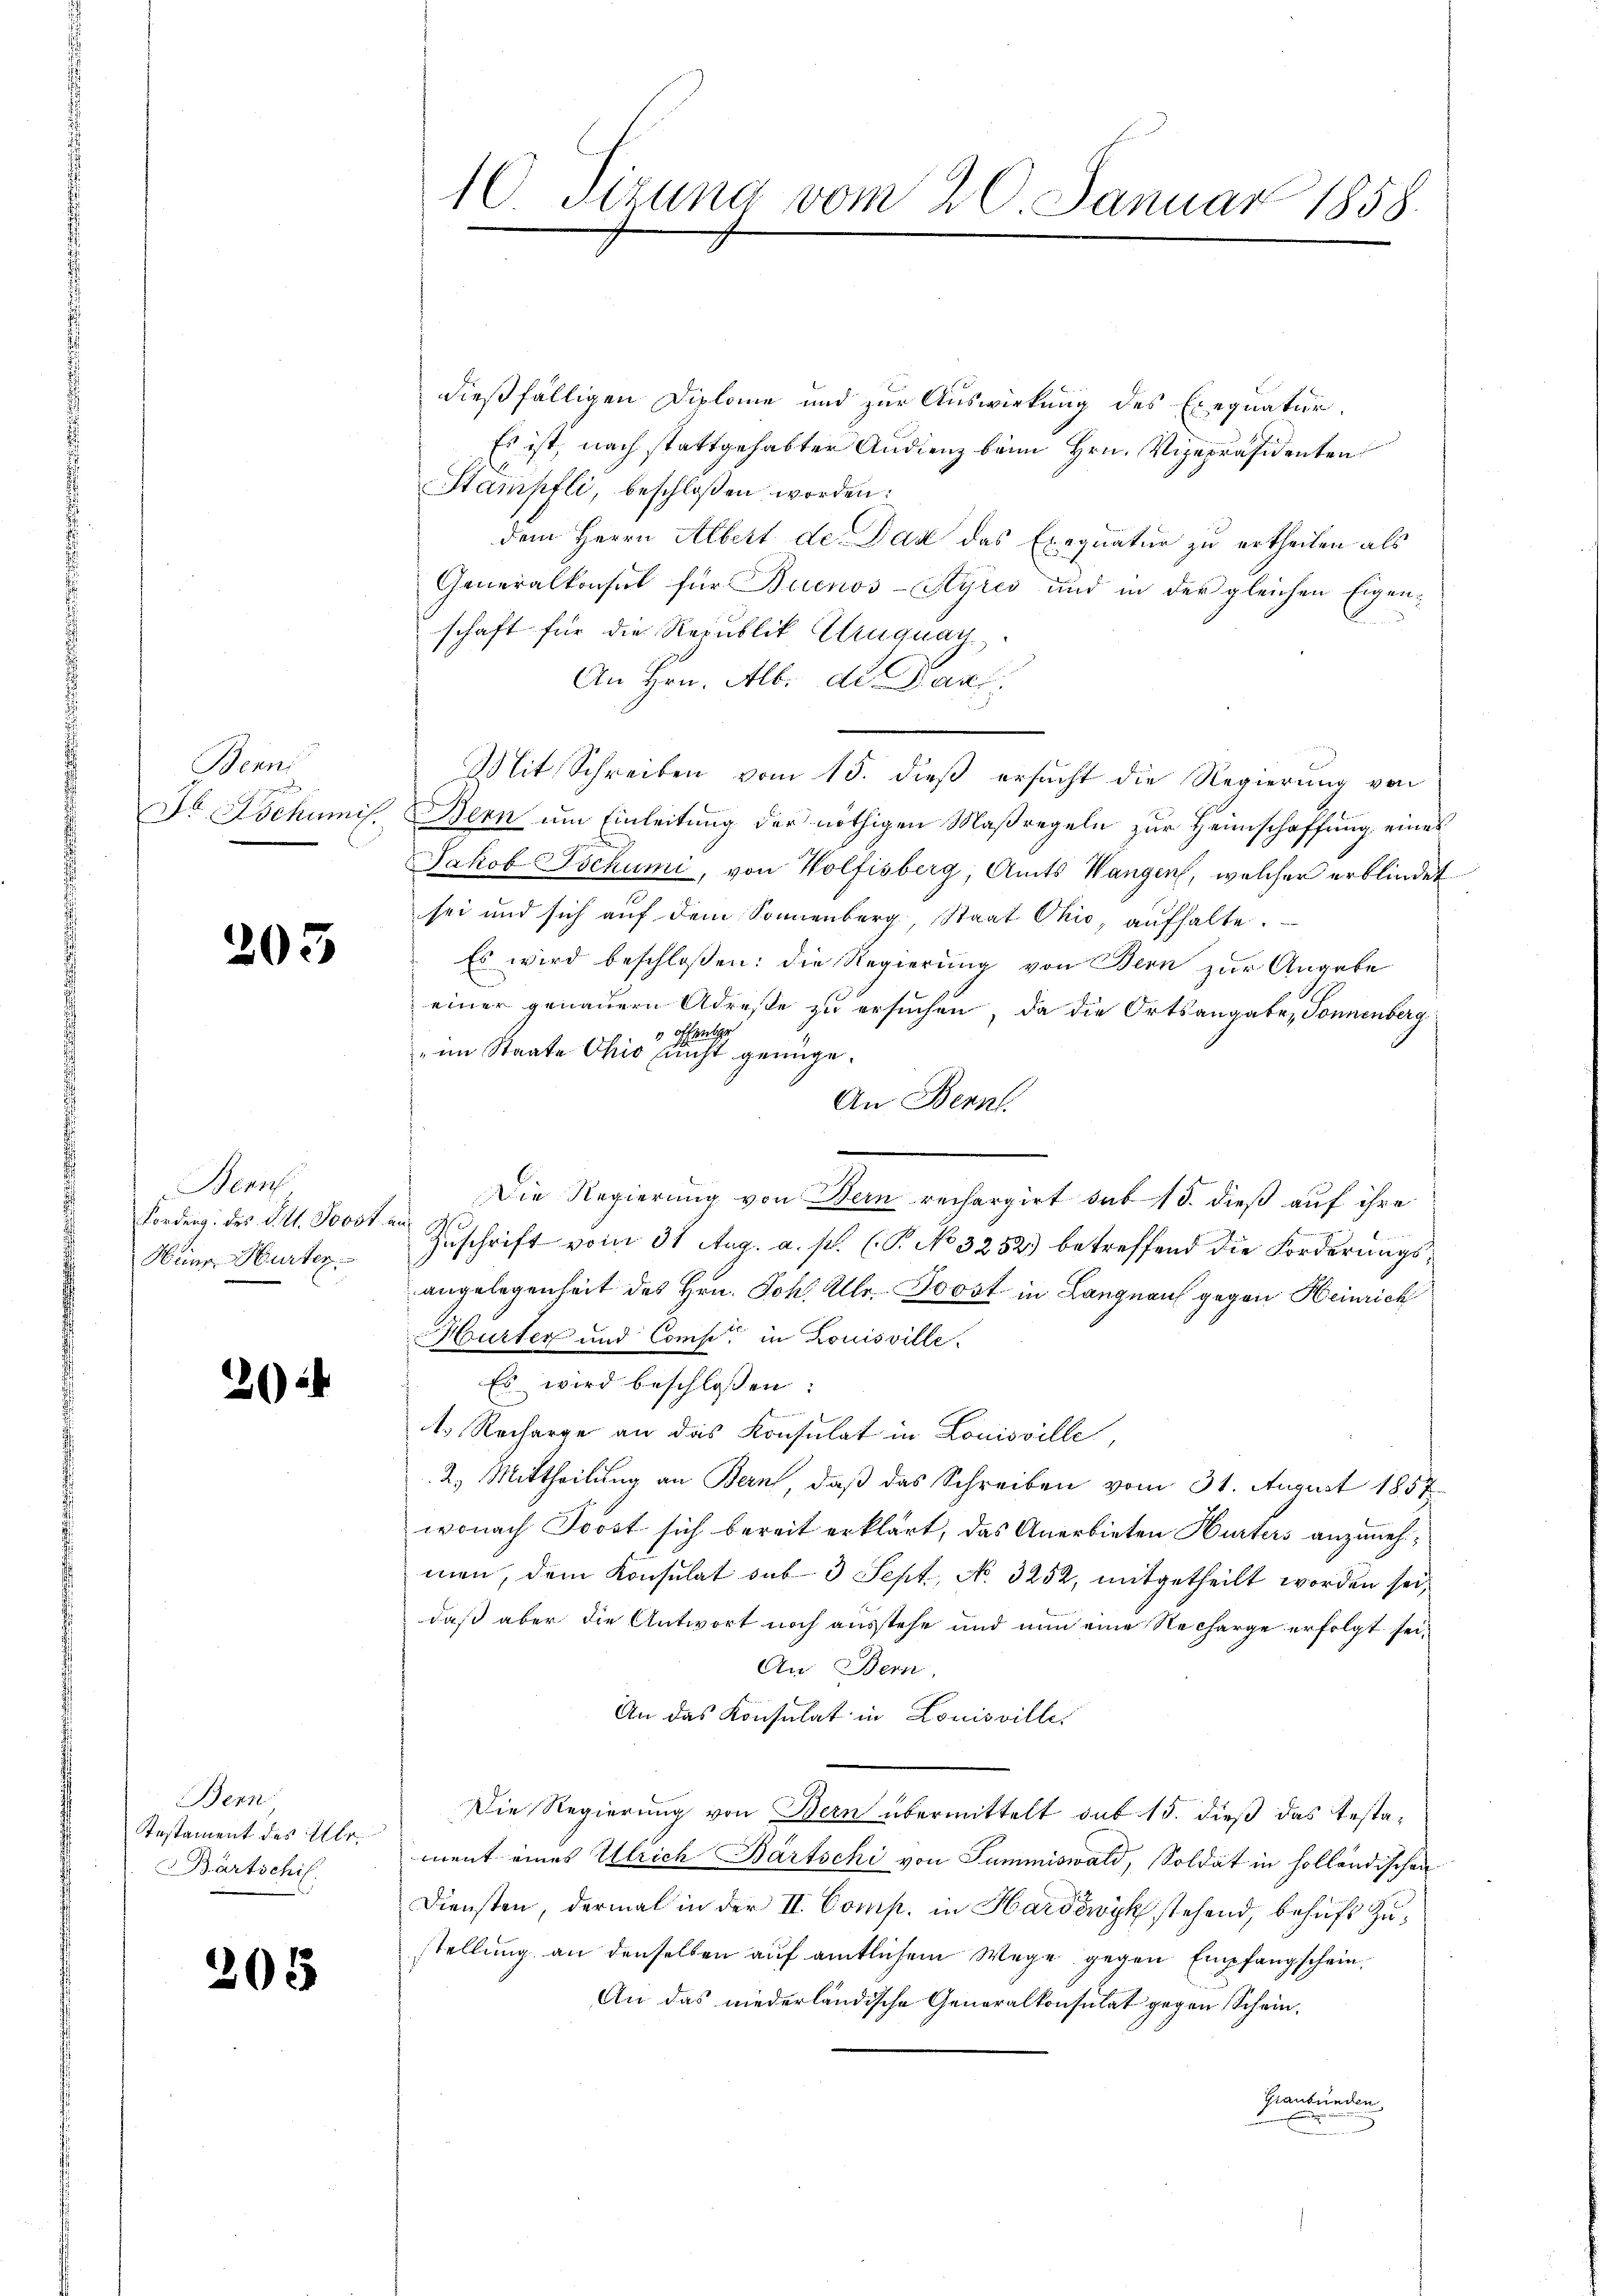
Denn
Dr Lochumis

205

Bern
Fordeng. des St. Joost.
Heinr. Hurten.

2

Bern
Testament des Ulr
Bärtschif

205

10 Stzung vom 20. Januar 1858.

dießfälligen Diplome und zur Auswirkung des Exequatur.
Es ist, nach stattgehabter Andienz beim Hrn. Vizepräsidenten
Stampfli, beschloßen worden:
dem Herrn Albert de Daz das Exequatur zu ertheilen als
Generalkonsul für Buenos-Ayres und in der gleichen Eigenschaft für die Republik Einquar
An Hrn. Alb. di Pauf.
Mit Schreiben vom 15. dieß ersucht die Regierung von
Bern um Einleitung der nöthigen Maßregeln zur Heimschaffung eines
Jakob Tschumi, von Wolfisberg, Amts Wangen, welcher erblindet
sei und sich auf dem Sonnenberg, Staat Ohio aufhalte.
Es wird beschloßen: die Regierung von Bern zur Angabe
einer genauern Adreste zu ersuchen, da die Ortsangaben Sonnenberg
 offenthe
im Staate Ohio nicht genüge.
An Bern
Die Regierung von Bern rechargirt sub 15. dieß auf ihre
s
Zuschrift vom 31 Aug. a. p. (T. No 3252.) betreffend die Forderungsangelegenheit des Hrn. Joh. Ulr. Boost in Langnau gegen Heinrich
Hurter und Comp. in Louisville.
Es wird beschlossen:
ts Recharge an das Konsulat in Louisville,
2. Mittheilung an Bern, daß das Schreiben vom 31. August 1857
wonach Soost sich bereit erklärt, das Anerbieten Hurters anzunehmen, dem Konsulat sub 3 Sept., No. 3252, mitgetheilt worden sei,
daß aber die Antwort noch ausstehe und nun eine Recharge erfolgt sei¬
An Bern,
An das Konsulat in Louisville.
Die Regierung von Bern übermittelt sub 15. dieß das Testament eines Ulrich Bartschi von Summiswald, Soldat in holländischen
Diensten, dermal in der II. Comp. in Hardowyk stehend, behufs Zustellung an denselben auf amtlichem Wege gegen Empfangschein,
An das niederländische Generalkonsulat gegen Schein¬
Graubünden,
u